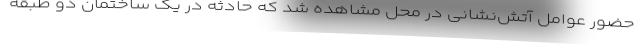
حضور عوامل آتش‌نشانی در محل مشاهده شد که حادثه در یک ساختمان دو طبقه